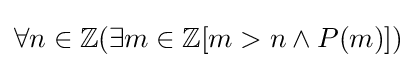
\forall n\in \mathbb {Z} (\exists m\in \mathbb {Z} [m>n\wedge P(m)])